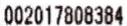
002017808384